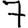
Digit: 7